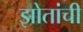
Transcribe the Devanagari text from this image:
झोतांची